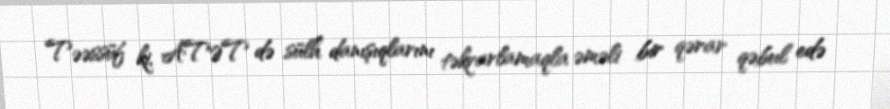
Təəssüf ki, ATƏT də sülh danışıqlarını təkrarlamaqla əməli bir qərar qəbul edə